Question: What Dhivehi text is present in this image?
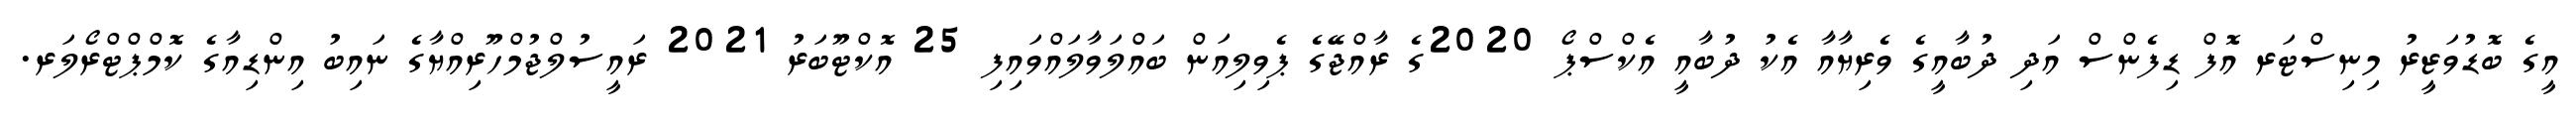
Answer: އީގެ ބޮޑުވަޒީރު މިނިސްޓަރ އޮފް ޑިފެންސް އަދި ދުބާއީގެ ވެރިޔާއާ އެކު ދުބާއީ އެކްސްޕޯ 2020ގެ ރާއްޖޭގެ ޕެވިލިއަން ބައްލަވާލައްވައިފި 25 އޮކްޓޫބަރު 2021 ރައީސުލްޖުމްހޫރިއްޔާގެ ނައިބު އިންޑިއާގެ ކޮމްޕްޓްރޯލަރ.